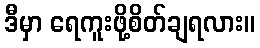
ဒီမှာ ရေကူးဖို့စိတ်ချရလား။